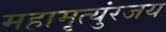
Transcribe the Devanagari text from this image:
महामृत्युंरजय